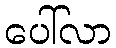
ပေါ်လာ